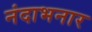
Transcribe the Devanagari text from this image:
नंदाभनार